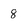
Character: 8